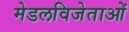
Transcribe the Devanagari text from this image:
मेडलविजेताओं